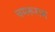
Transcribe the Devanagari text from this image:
चमरूराम